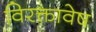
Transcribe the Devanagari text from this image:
विरक्तावेष